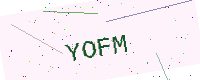
Text: YOFM